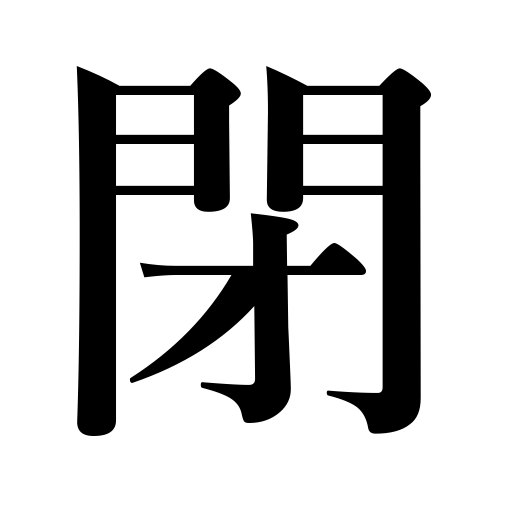
Meanings: plunge in grief,close,fasten,shut,lock